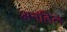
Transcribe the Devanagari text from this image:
अनहिल